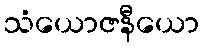
သံယောဇနီယော